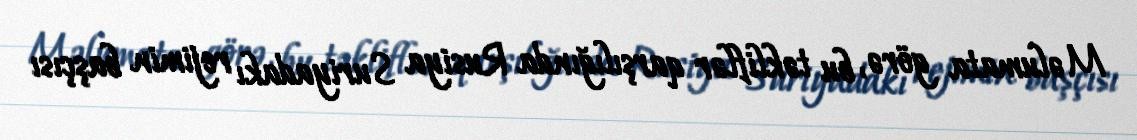
Məlumata görə, bu təkliflər qarşılığında Rusiya Suriyadakı rejimin başçısı